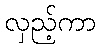
လှည့်ကာ